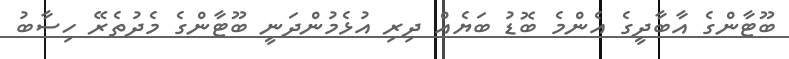
ބޫޓާންގެ އާބާދީގެ އެންމެ ބޮޑު ބަޔެއް ދިރި އުޅެމުންދަނީ ބޫޓާންގެ މެދުތެރޭ ހިސާބު